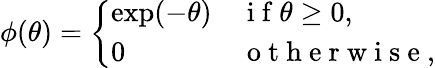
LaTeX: \phi(\theta)=\left\{ \begin{array}{ll}{\exp(-\theta)}&{\mathrm{~i~f~}\theta\geq 0,}\\ {0}&{\mathrm{~o~t~h~e~r~w~i~s~e~},}\end{array}\right.